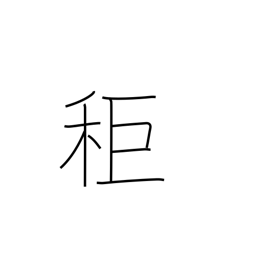
Meaning: a type of millet